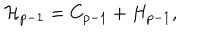
LaTeX: { \cal H } _ { p - 1 } = C _ { p - 1 } + H _ { p - 1 } ,